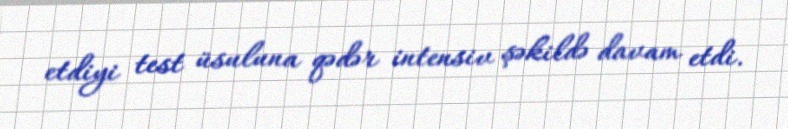
etdiyi test üsuluna qədər intensiv şəkildə davam etdi.